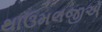
થાઉમલજીએ